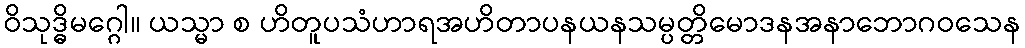
ဝိသုဒ္ဓိမဂ္ဂေါ။ ယသ္မာ စ ဟိတူပသံဟာရအဟိတာပနယနသမ္ပတ္တိမောဒနအနာဘောဂဝသေန